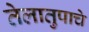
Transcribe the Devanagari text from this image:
तेलातुपाचे